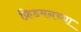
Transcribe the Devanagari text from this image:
फ्रिडमनच्या